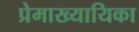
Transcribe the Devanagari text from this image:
प्रेमाख्यायिका